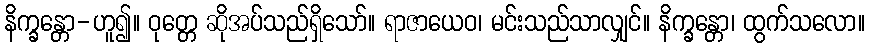
နိက္ခန္တော-ဟူ၍။ ဝုတ္တေ ဆိုအပ်သည်ရှိသော်။ ရာဇာယေဝ၊ မင်းသည်သာလျှင်။ နိက္ခန္တော၊ ထွက်သလော။